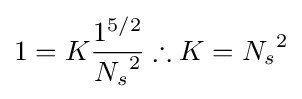
1=K{\frac {1^{5/2}}{{N_{s}}^{2}}}\therefore K={N_{s}}^{2}